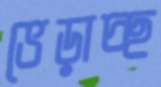
ভেড়াচ্ছ